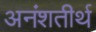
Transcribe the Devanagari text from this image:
अनंशतीर्थ